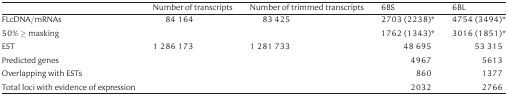
|  | Number of transcripts | Number of trimmed transcripts | 6BS | 6BL |
 | --- | --- | --- | --- | --- |
 | FLcDNA/mRNAs | 84 164 | 83 425 | 2703 (2238)* | 4754 (3494)* |
 | 50% ≥ masking |  |  | 1762 (1343)* | 3016 (1851)* |
 | EST | 1 286 173 | 1 281 733 | 48 695 | 53 315 |
 | Predicted genes |  |  | 4967 | 5613 |
 | Overlapping with ESTs |  |  | 860 | 1377 |
 | Total loci with evidence of expression |  |  | 2032 | 2766 |